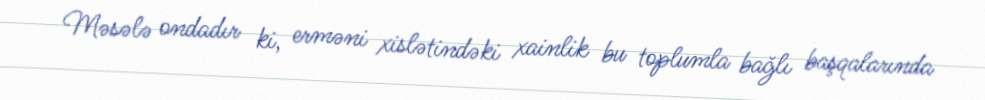
Məsələ ondadır ki, erməni xislətindəki xainlik bu toplumla bağlı başqalarında